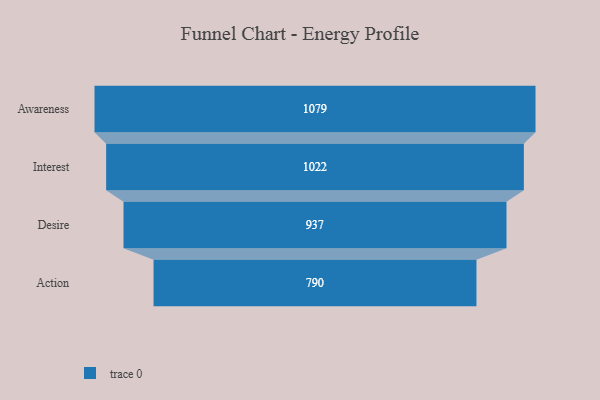
{"axis": {"x": "Stage", "y": "Value"}, "legend": [""], "data": [{"x": "Awareness", "y": 1079.0, "type": ""}, {"x": "Interest", "y": 1022.0, "type": ""}, {"x": "Desire", "y": 937.0, "type": ""}, {"x": "Action", "y": 790.0, "type": ""}]}